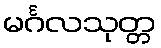
မင်္ဂလသုတ္တ